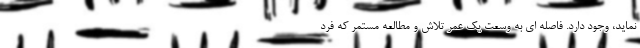
نماید، وجود دارد. فاصله ای به وسعت یک عمر تلاش و مطالعه مستمر که فرد